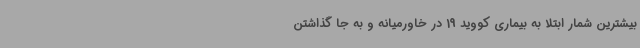
بیشترین شمار ابتلا به بیماری کووید 19 در خاورمیانه و به جا گذاشتن